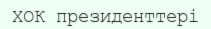
ХОК президенттері